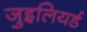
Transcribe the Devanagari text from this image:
जुइलियर्ड